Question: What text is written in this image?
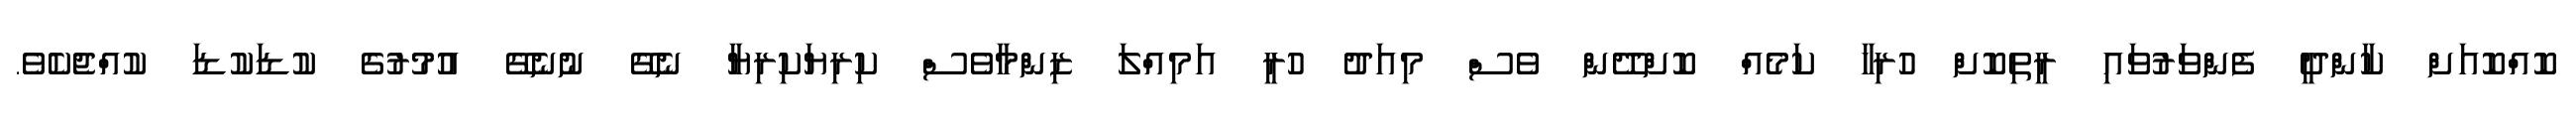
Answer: ކޮއްކޮއަށް ކާންދީ ފެންވަރުވައި ރީތިކޮށް ހުރިހާ ކަމެއް ކޮށްދޭން ވެސް މިއަދު ހުރީ އަމިއްލަ ޒިންމާވެސް ކިރިޔަކިރިޔާ ނެގޭ ނުނެގޭ އުުމުރުގެ ކުޑަކުޑަ ކުއްޖެކެވެ.